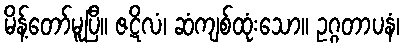
မိန့်တော်မူပြီ။ ဇဋိလံ၊ ဆံကျစ်ထုံးသော။ ဥဂ္ဂတာပနံ၊